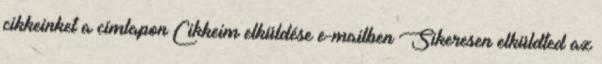
cikkeinket a címlapon Cikkeim elküldése e-mailben Sikeresen elküldted az